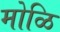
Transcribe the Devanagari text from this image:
मोळि